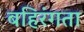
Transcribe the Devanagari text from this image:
बहिरंगता